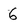
Character: 6